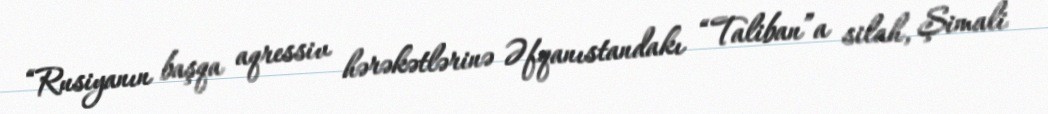
“Rusiyanın başqa aqressiv hərəkətlərinə Əfqanıstandakı “Taliban”a silah, Şimali